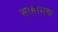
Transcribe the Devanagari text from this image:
साहायक